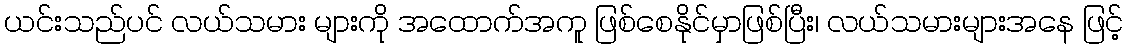
ယင်းသည်ပင် လယ်သမား များကို အထောက်အကူ ဖြစ်စေနိုင်မှာဖြစ်ပြီး၊ လယ်သမားများအနေ ဖြင့်